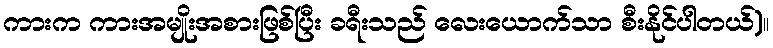
ကားက ကားအမျိုးအစားဖြစ်ပြီး ခရီးသည် လေးယောက်သာ စီးနိုင်ပါတယ်)။